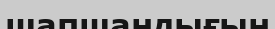
шапшаңдығын